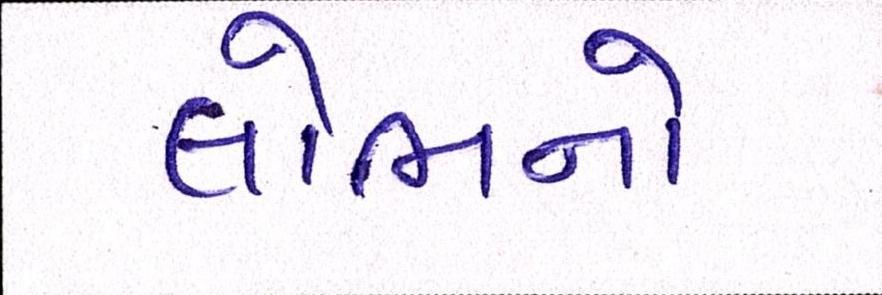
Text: લોભનો